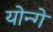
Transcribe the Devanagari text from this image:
योन्गे